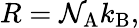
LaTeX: R=\mathcal{N}_{\mathrm{{{A}}}}k_{\mathrm{{{B}}}},